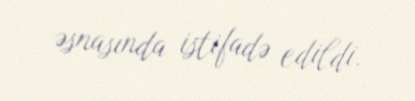
əsnasında istifadə edildi.